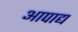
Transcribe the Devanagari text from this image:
आपाद्य